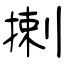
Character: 揦